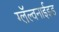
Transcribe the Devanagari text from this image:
ग्लॅल्वनाईझ्ड